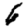
Digit: 6